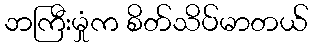
ဘကြီးမှုံက စိတ်သိပ်မာတယ်